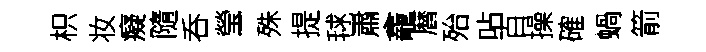
枳妆癡隨呑瑩殊提毬肅龕暦殆呫百操確蝸箭